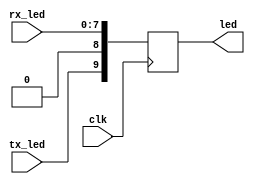
`timescale 1ns / 1ps
//////////////////////////////////////////////////////////////////////////////////
// Company: 
// Engineer: 
// 
// Design Name: 
// Module Name: LED_controller
// Project Name: 
// Target Devices: 
// Tool Versions: 
// Description: 
// 
// Dependencies: 
// 
// Revision:
// Revision 0.01 - File Created
// Additional Comments:
// 
//////////////////////////////////////////////////////////////////////////////////


module LED_controller(input [7:0] rx_led, input tx_led, clk, output reg [9:0] led);
always @(posedge clk) begin
led [7:0] <= rx_led;
led [8] <= 1'b0;
led [9] <= tx_led;
end
endmodule